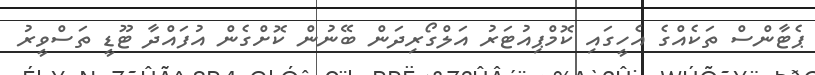
ޕެޓާންސް ތަކެއްގެ އެހީގައި ކޮމްޕިއުޓަރު އަލްގޯރިދަން ބޭނުން ކޮށްގެން އުފައްދާ ޓޫޑީ ތަސްވީރު